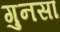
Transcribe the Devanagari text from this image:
गुनसा